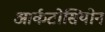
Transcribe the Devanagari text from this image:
आर्कटोसियोन